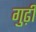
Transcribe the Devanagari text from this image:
गुढ़ी